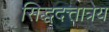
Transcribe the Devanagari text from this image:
सिद्धदत्तात्रेय